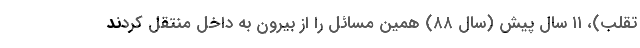
تقلب)، ۱۱ سال پیش (سال ۸۸) همین مسائل را از بیرون به داخل منتقل کردند